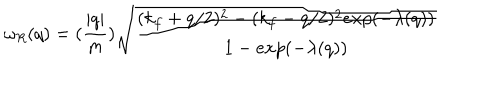
\omega _ { R } ( q ) = ( \frac { | q | } { m } ) \sqrt { \frac { ( k _ { f } + q / 2 ) ^ { 2 } - ( k _ { f } - q / 2 ) ^ { 2 } e x p ( - \lambda ( q ) ) } { 1 - e x p ( - \lambda ( q ) ) } }